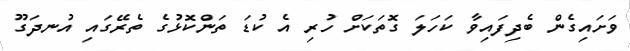
ވަށައިގެން ބެދިފައިވާ ކަހަލަ ގޮތަކަށް ހުރި އެ ކުޑަ ތަންކޮޅުގެ ތެރޭގައި އުނދަގޫ